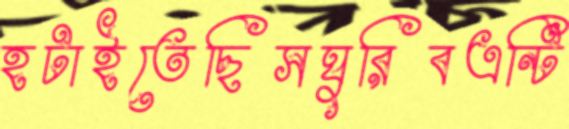
হটাইতেছিসঘুরিবএন্টি